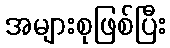
အများစုဖြစ်ပြီး